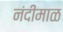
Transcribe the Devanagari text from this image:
नंदीमाळ